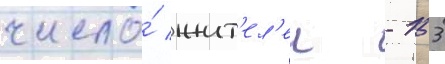
число́ жит'ел'еи - 153